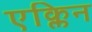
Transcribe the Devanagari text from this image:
एक्लिन